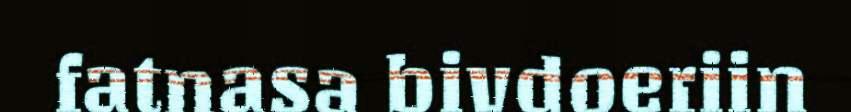
fatnasa bivdoeriin